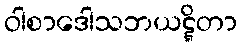
ဝါစာဒေါသဘယဋ္ဋိတာ